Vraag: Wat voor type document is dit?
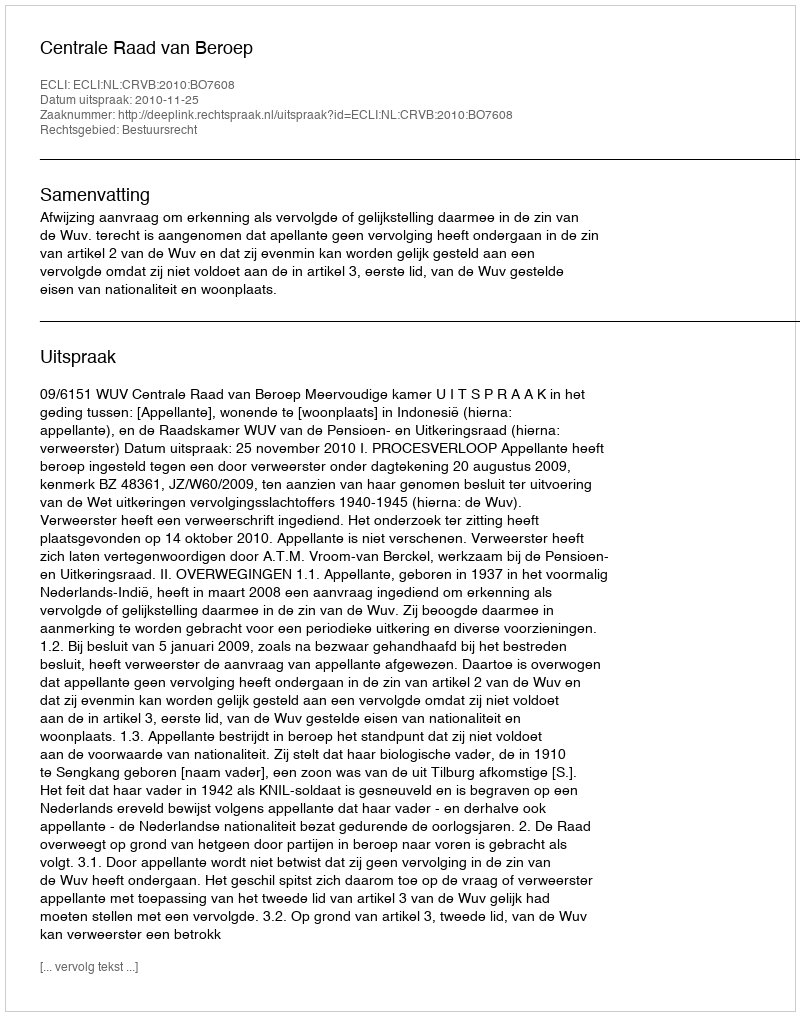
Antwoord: Uitspraak